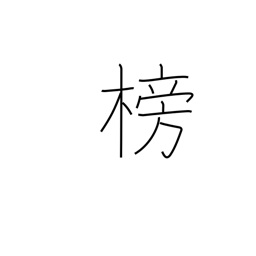
Meaning: rudder